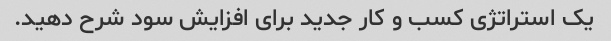
یک استراتژی کسب و کار جدید برای افزایش سود شرح دهید.